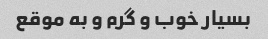
بسیار خوب و گرم و به موقع